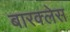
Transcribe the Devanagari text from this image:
बारक्लेस